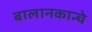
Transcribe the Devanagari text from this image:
बालानकान्चे